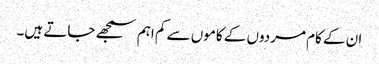
ان کے کام مردوں کے کاموں سے کم اہم سمجھے جاتے ہیں۔